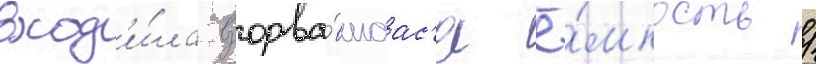
вход'и́ла взорва́вшаас'я ё́мкость /